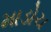
માડોચ